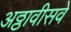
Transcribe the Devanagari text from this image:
अठ्ठावीसवे